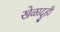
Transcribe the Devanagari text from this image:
खेळादुही